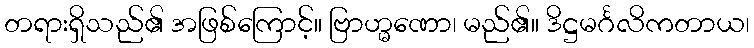
တရားရှိသည်၏ အဖြစ်ကြောင့်။ ဗြာဟ္မဏော၊ မည်၏။ ဒိဋ္ဌမင်္ဂလိကတာယ၊